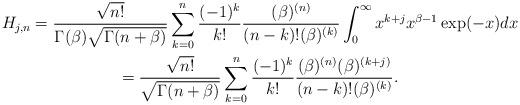
LaTeX: \begin{gather*}H_{j,n}=\frac{\sqrt{n!}}{\Gamma (\beta )\sqrt{\Gamma (n+\beta )}}\sum_{k=0}^{n}\frac{(-1)^{k}}{k!}\frac{(\beta )^{(n)}}{(n-k)!(\beta )^{(k)}}\int_{0}^{\infty }x^{k+j}x^{\beta -1}\exp (-x)dx \\=\frac{\sqrt{n!}}{\sqrt{\Gamma (n+\beta )}}\sum_{k=0}^{n}\frac{(-1)^{k}}{k!}\frac{(\beta )^{(n)}(\beta )^{(k+j)}}{(n-k)!(\beta )^{(k)}}.\end{gather*}